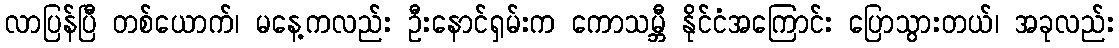
လာပြန်ပြီ တစ်ယောက်၊ မနေ့ကလည်း ဦးနောင်ရှမ်းက ကောသမ္ဘီ နိုင်ငံအကြောင်း ပြောသွားတယ်၊ အခုလည်း